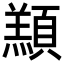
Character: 䫞